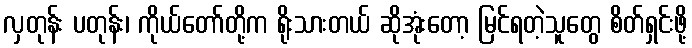
လှတုန်း ပတုန်း၊ ကိုယ်တော်တို့က ရိုးသားတယ် ဆိုအုံးတော့ မြင်ရတဲ့သူတွေ စိတ်ရှင်းဖို့